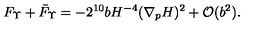
F _ { \Upsilon } + \bar { F } _ { \Upsilon } = - 2 ^ { 1 0 } b H ^ { - 4 } ( \nabla _ { p } H ) ^ { 2 } + { \cal O } ( b ^ { 2 } ) .